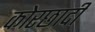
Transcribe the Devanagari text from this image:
कोरछादी